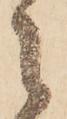
之